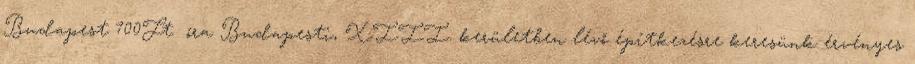
Budapest 700Ft óra Budapesti, XIII. kerületben lévő építkezésre keresünk érvényes